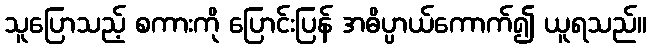
သူပြောသည့် စကားကို ပြောင်းပြန် အဓိပ္ပာယ်ကောက်၍ ယူရသည်။